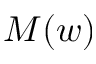
M ( w )